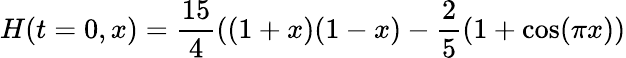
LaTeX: H(t=0,x)=\frac{15}{4}((1+x)(1-x)-\frac 25(1+\cos(\pi x))